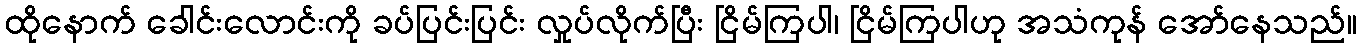
ထိုနောက် ခေါင်းလောင်းကို ခပ်ပြင်းပြင်း လှုပ်လိုက်ပြီး ငြိမ်ကြပါ၊ ငြိမ်ကြပါဟု အသံကုန် အော်နေသည်။